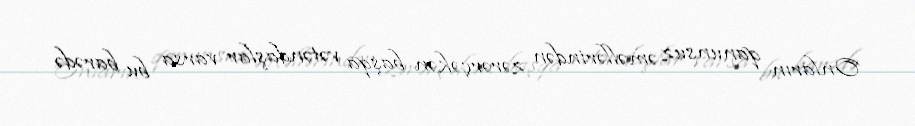
Onların qanunsuz əməllərindən zərərçəkən başqa vətəndaşlar varsa bu barədə